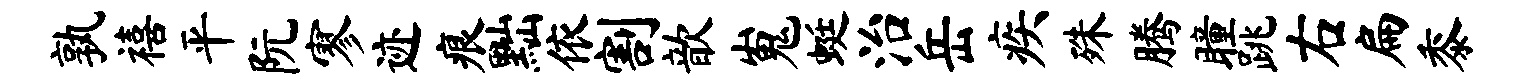
孰禧平阮寥迹痕黜依割歆嵬蜓治岳疾殊腾瞳跳右扁黍